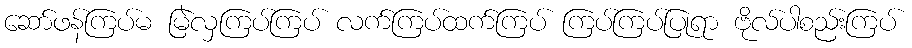
ဆော်ဖန်ကြပ်မ မြဲလှကြပ်ကြပ် လက်ကြပ်ထက်ကြပ် ကြပ်ကြပ်ပြုရာ ဗိုလ်ပါစည်းကြပ်